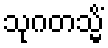
သုဂတသ္မိံ